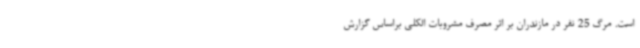
است. مرگ 25 نفر در مازندران بر اثر مصرف مشروبات الکلی براساس گزارش